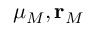
\mu _ { M } , \mathbf { r } _ { M }